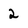
Character: 2